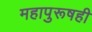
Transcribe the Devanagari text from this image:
महापुरूषही